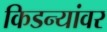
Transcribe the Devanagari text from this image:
किडन्यांवर